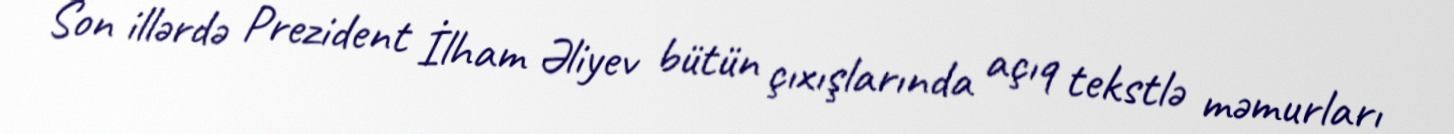
Son illərdə Prezident İlham Əliyev bütün çıxışlarında açıq tekstlə məmurları